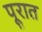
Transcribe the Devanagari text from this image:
पूरात